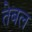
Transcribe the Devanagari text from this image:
तेबल